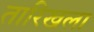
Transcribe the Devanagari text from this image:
तारिखला